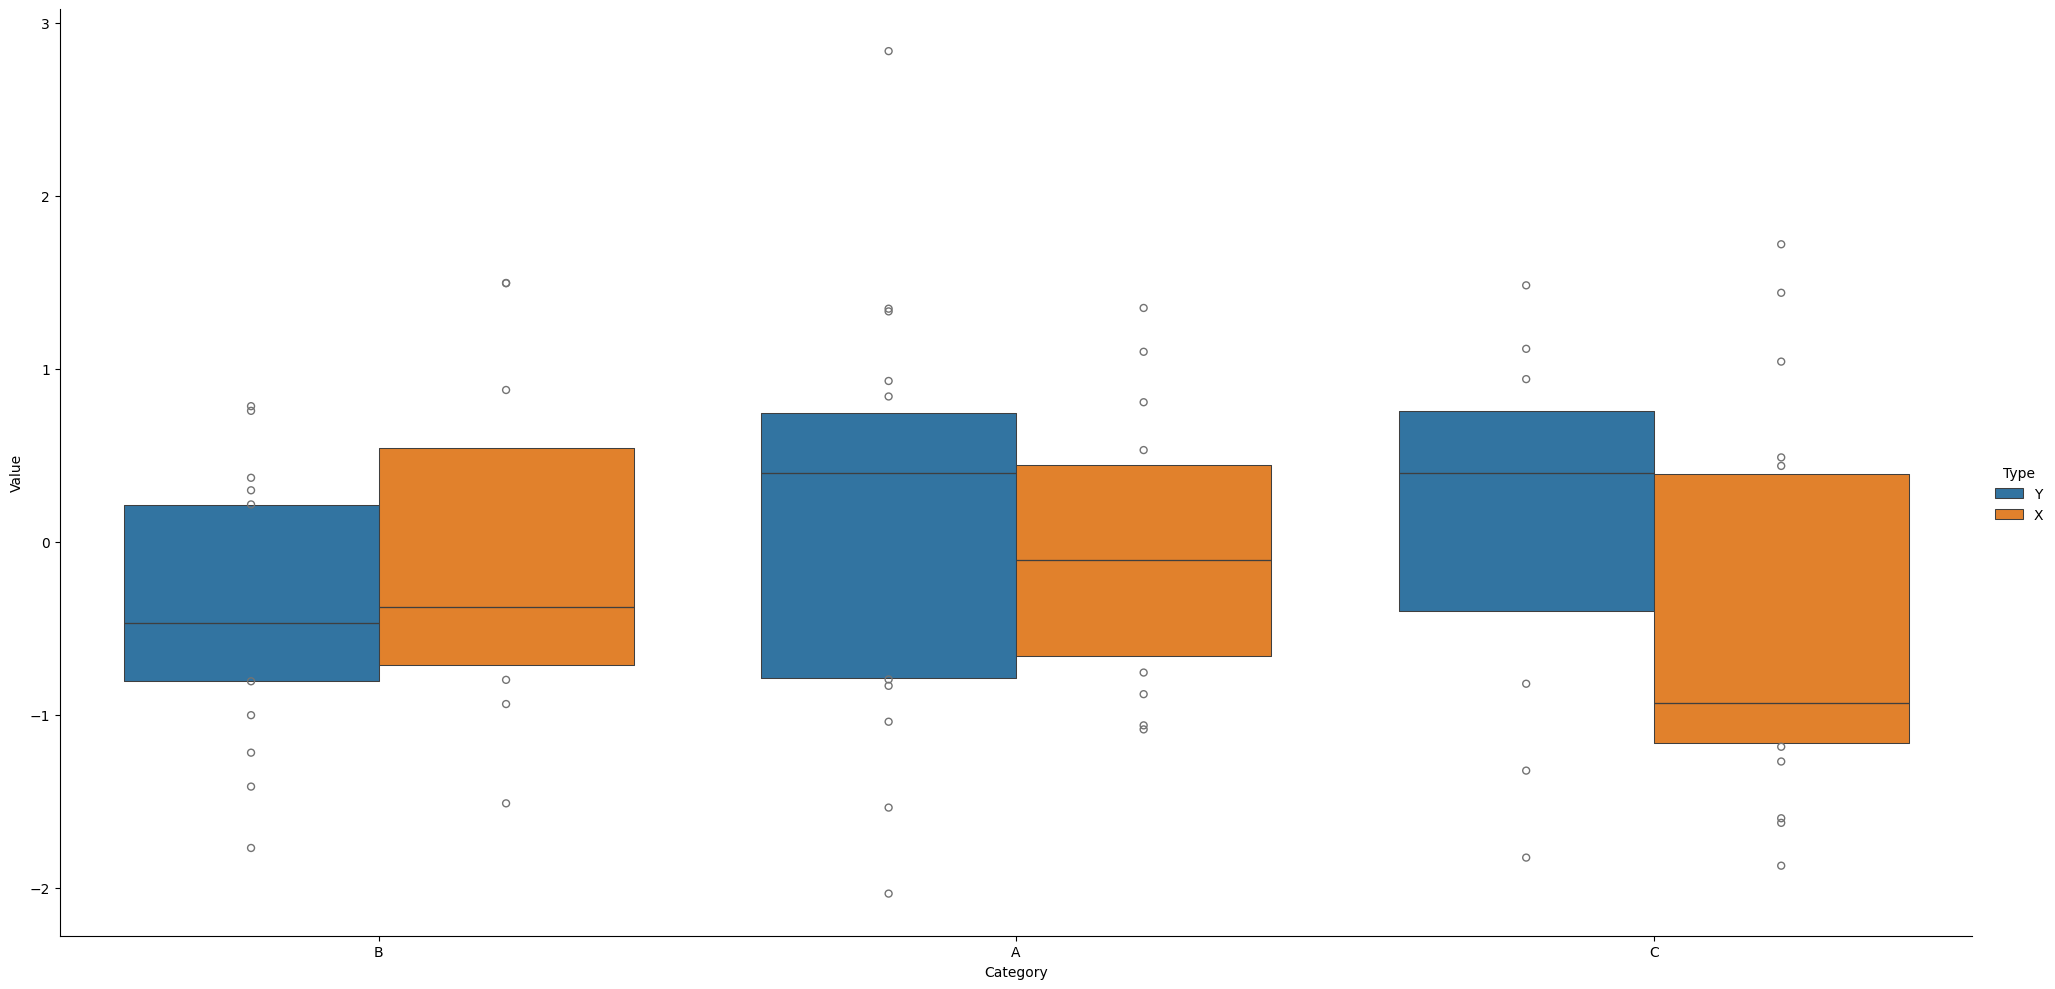
python, seaborn, catplot, kind='boxen', height=10, aspect=2